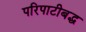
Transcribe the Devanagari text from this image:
परिपाटीबद्ध